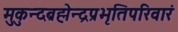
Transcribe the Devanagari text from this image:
मुकुन्दब्रह्मेन्द्रप्रभृतिपरिवारं